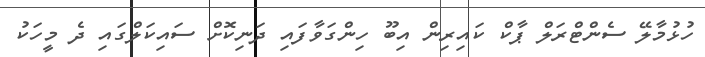
ހުޅުމާލޭ ސެންޓްރަލް ޕާކް ކައިރިން އިބޫ ހިންގަވާފައި ދަނިކޮށް ސައިކަލްގައި ދެ މީހަކު